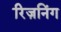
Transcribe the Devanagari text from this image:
रिज़निंग